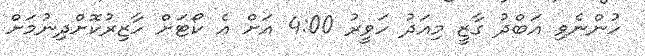
ހުންނެވި އަބްދު ގާޒީ މިއަދު ހަވީރު 4:00 އަށް އެ ކޯޓަށް ހާޒިރުކޮށްދިނުމަށް